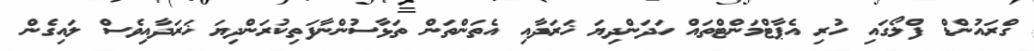
ގްރައުންޑް ފްލޯގައި ހުރި އެޕާޓްމަންޓްތައް ހަދަންދިޔަ ޚަރަދާއި އެތަންތަން ތަޅާސުންނާފަތިކުރަންދިޔަ ޚަރަދާއިވެސް ލައިގެން